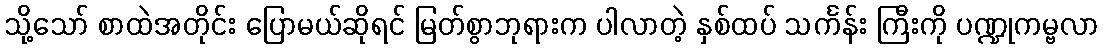
သို့သော် စာထဲအတိုင်း ပြောမယ်ဆိုရင် မြတ်စွာဘုရားက ပါလာတဲ့ နှစ်ထပ် သင်္ကန်း ကြီးကို ပဏ္ဍုကမ္ဗလာ